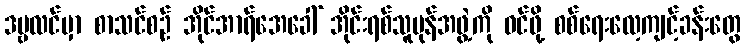
ဒဗ္ဗလင်မှာ စာသင်စဉ် အိုင်အာရ်အေခေါ် အိုင်းရစ်သူပုန်အဖွဲ့ကို ဝင်ဖို့ စစ်ရေးလေ့ကျင့်ခန်းတွေ